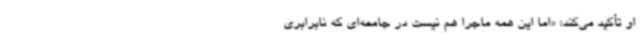
او تأکید می‌کند: «اما این همه ماجرا هم نیست در جامعه‌ای که نابرابری